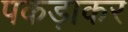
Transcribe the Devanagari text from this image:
पकड़ाकर